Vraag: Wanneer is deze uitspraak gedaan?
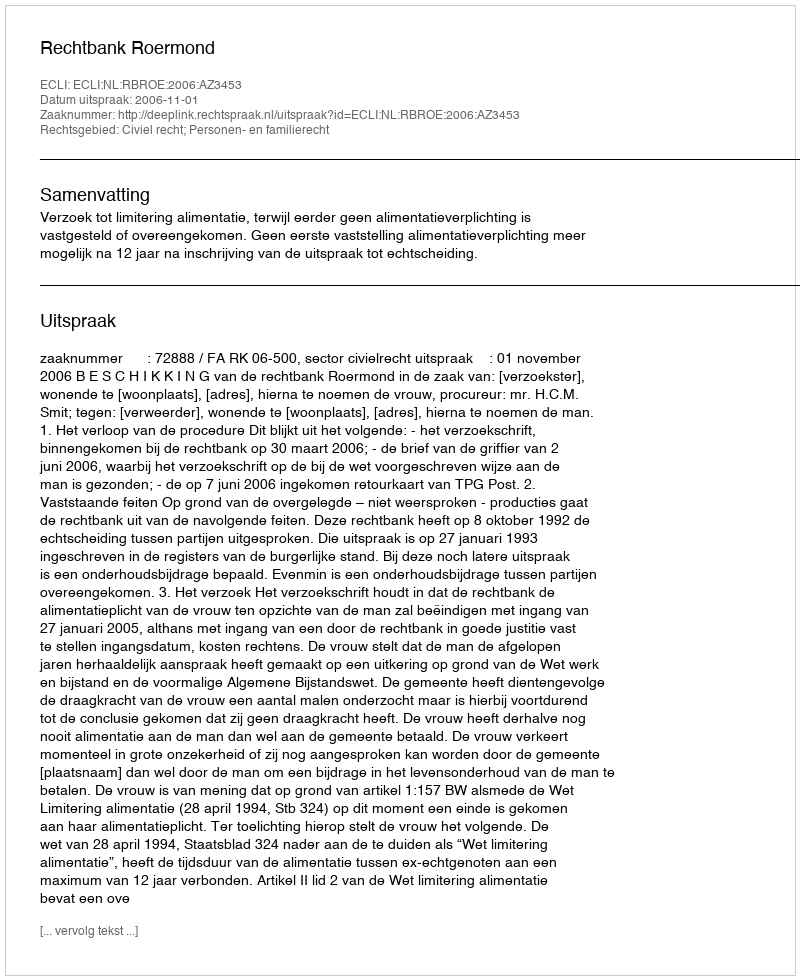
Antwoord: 2006-11-01